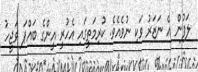
ލަފުން އެ ނަޒަރު ވަކި ނުވެއެވެ. ކުރިމަތީގައި އެހުރީ އީންގެ ބައްޕަ ވަޖީހު